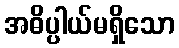
အဓိပ္ပါယ်မရှိသော